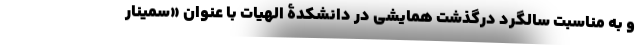
و به مناسبت سالگرد درگذشت همایشی در دانشکدۀ الهیات با عنوان «سمینار